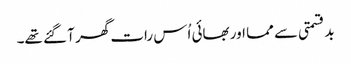
بدقسمتی سے مما اور بھائی اُس رات گھر آ گئے تھے۔